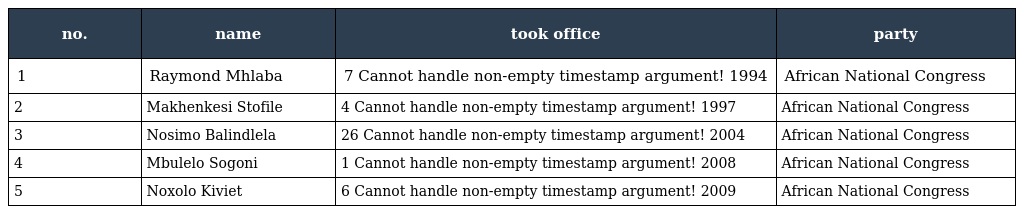
| no. | name | took office | party |
 | --- | --- | --- | --- |
 | 1 | Raymond Mhlaba | 7 Cannot handle non-empty timestamp argument! 1994 | African National Congress |
 | 2 | Makhenkesi Stofile | 4 Cannot handle non-empty timestamp argument! 1997 | African National Congress |
 | 3 | Nosimo Balindlela | 26 Cannot handle non-empty timestamp argument! 2004 | African National Congress |
 | 4 | Mbulelo Sogoni | 1 Cannot handle non-empty timestamp argument! 2008 | African National Congress |
 | 5 | Noxolo Kiviet | 6 Cannot handle non-empty timestamp argument! 2009 | African National Congress |